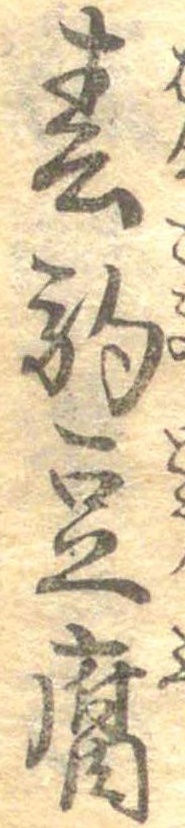
春駒豆腐